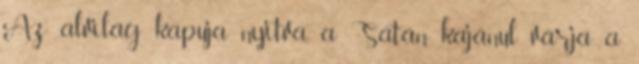
Az alvilág kapuja nyitva, a Sátán kajánul várja a